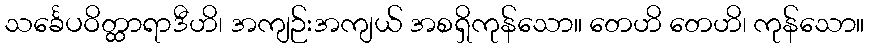
သင်္ခေပဝိတ္ထာရာဒီဟိ၊ အကျဉ်းအကျယ် အစရှိကုန်သော။ တေဟိ တေဟိ၊ ကုန်သော။